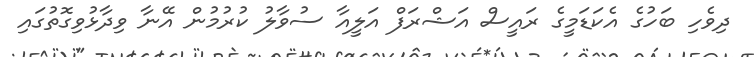
ދިވެހި ބަހުގެ އެކަޑަމީގެ ރައީސް އަޝްރަފް އަލީއާ ސުވާލު ކުރުމުން އޭނާ ވިދާޅުވިގޮތުގައި